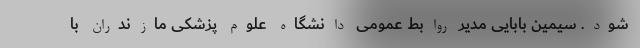
شود. سیمین بابایی مدیر روابط عمومی دانشگاه علوم پزشکی مازندران با